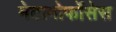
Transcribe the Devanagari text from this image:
मेटामोर्फोसेस